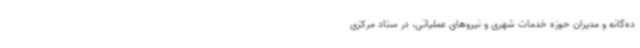
ده‌گانه و مدیران حوزه خدمات شهری و نیروهای عملیاتی، در ستاد مرکزی